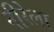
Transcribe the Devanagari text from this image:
नीरेला